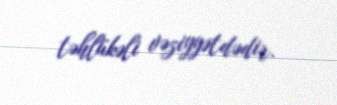
təhlükəli vəziyyətdədir.